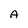
Character: A